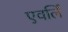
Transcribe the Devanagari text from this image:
एवर्लि